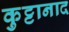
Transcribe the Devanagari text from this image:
कुट्टानाद